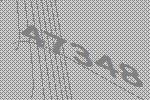
47348